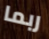
ربما